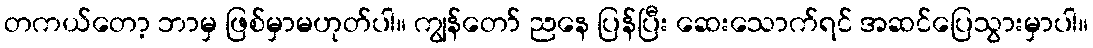
တကယ်တော့ ဘာမှ ဖြစ်မှာမဟုတ်ပါ။ ကျွန်တော် ညနေ ပြန်ပြီး ဆေးသောက်ရင် အဆင်ပြေသွားမှာပါ။